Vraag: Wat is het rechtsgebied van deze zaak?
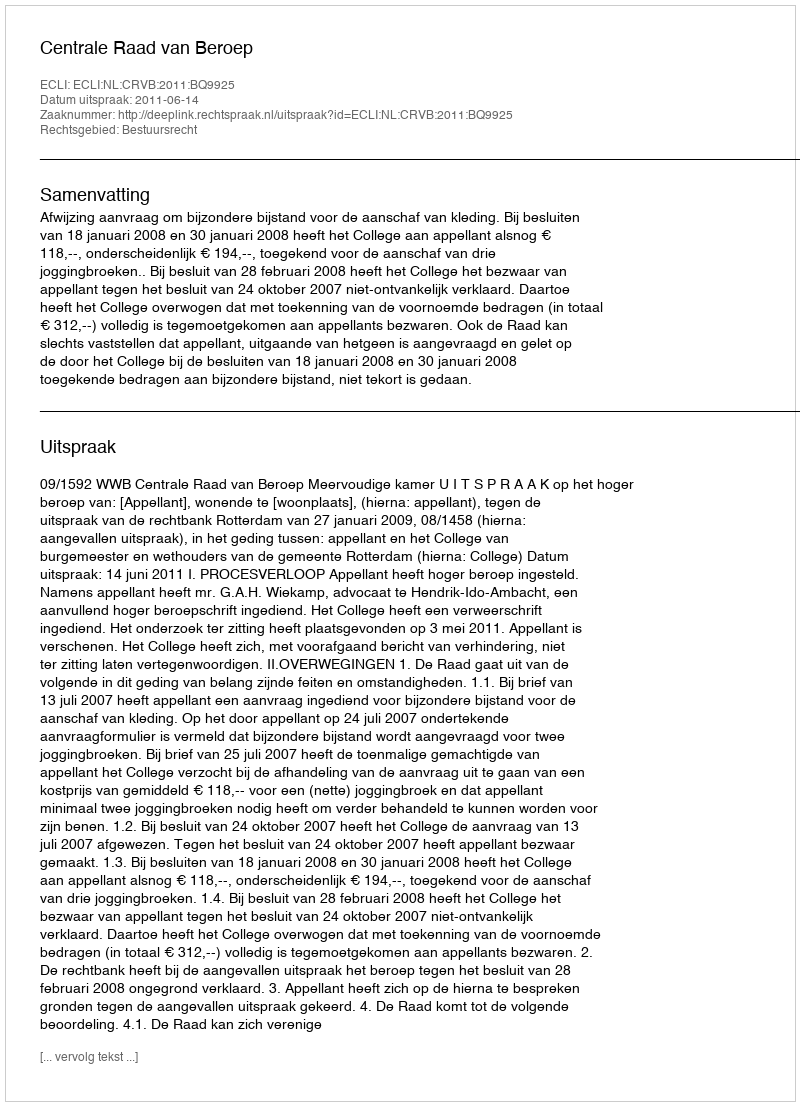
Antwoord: Bestuursrecht